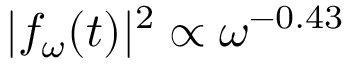
| f _ { \omega } ( t ) | ^ { 2 } \propto \omega ^ { - 0 . 4 3 }